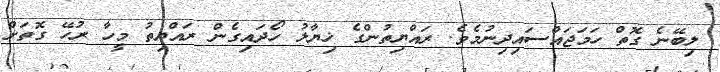
ލިބޭނެ ގޮތް ހަމަޖައްސައިދިނުމެވެ. ރައްޔިތުންގެ ޚިޔާލު ހޯދައިގެން ރައްޔިތު މީހާ ރުހޭ ގޮތަށް